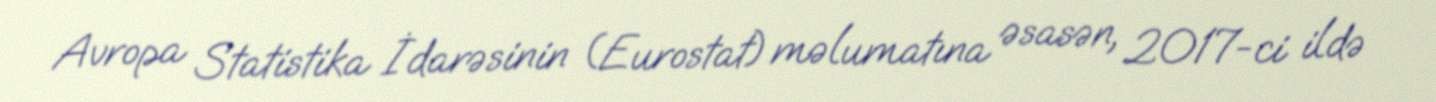
Avropa Statistika İdarəsinin (Eurostat) məlumatına əsasən, 2017-ci ildə